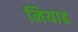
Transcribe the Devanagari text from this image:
नियाह